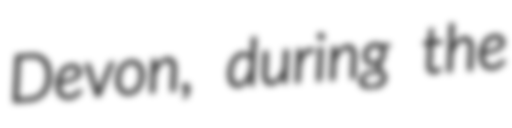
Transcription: Devon, during the